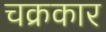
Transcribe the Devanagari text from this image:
चक्रकार